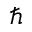
\hbar